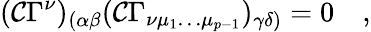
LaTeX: (\mathcal{C}\Gamma^{\nu})_{(\alpha\beta}(\mathcal{C}\Gamma_{\nu\mu_{1}\dots\mu_{p-1}})_{\gamma\delta)}=0\quad,